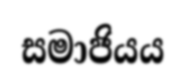
සමාජියය